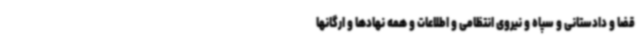
قضا و دادستانی و سپاه و نیروی انتظامی و اطلاعات و همه نهادها و ارگانها